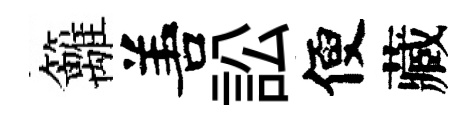
籬𠵊訟便藏